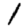
Digit: 1